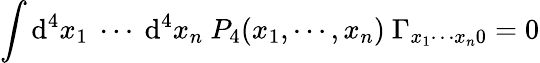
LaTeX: \int\mathrm{d}^{4}x_{1}~\cdots~\mathrm{d}^{4}x_{n}~P_{4}(x_{1},\cdots,x_{n})~\Gamma_{x_{1}\cdots x_{n}0}=0